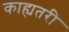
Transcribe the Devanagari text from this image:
काह्यतरी